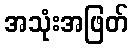
အသုံးအဖြတ်